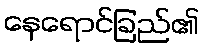
နေရောင်ခြည်၏